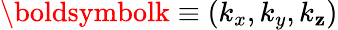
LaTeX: {\boldsymbolk}\equiv(k_{x},k_{y},k_{\mathbf{z}})